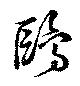
鴎